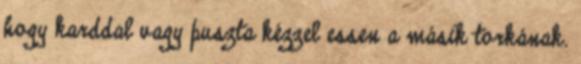
hogy karddal vagy puszta kézzel essen a másik torkának.